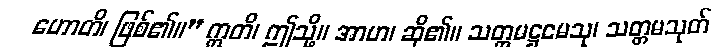
ဟောတိ၊ ဖြစ်၏။” ဣတိ၊ ဤသို့။ အာဟ၊ ဆို၏။ သတ္တမဋ္ဌမေသု၊ သတ္တမသုတ်